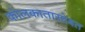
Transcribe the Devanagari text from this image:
कोलकातासोबत